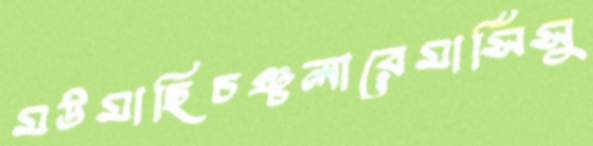
মউমাছিচঞ্চলারেমার্সিসু